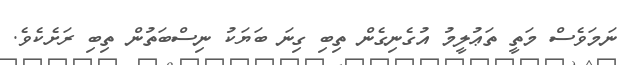
ނަމަވެސް މަތީ ތަޢުލީމު އުގެނިގެން ތިބި ގިނަ ބަޔަކު ނިސްބަތުން ތިބި ރަށެކެވެ.